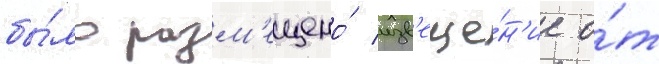
бы́ло разм'ещено́ изв'еще́н'ие о́т